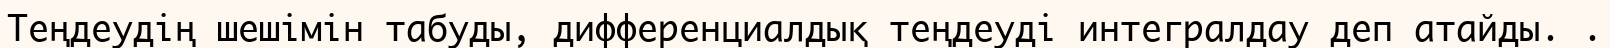
Теңдеудің шешімін табуды, дифференциалдық теңдеуді интегралдау деп атайды. .